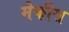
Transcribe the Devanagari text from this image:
मेकीस